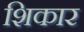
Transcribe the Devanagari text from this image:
शिकार